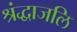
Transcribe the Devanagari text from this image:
श्रंद्धाजलि